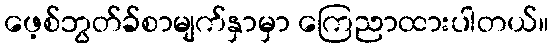
ဖေ့စ်ဘွတ်ခ်စာမျက်နှာမှာ ကြေညာထားပါတယ်။